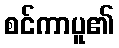
စင်ကာပူ၏